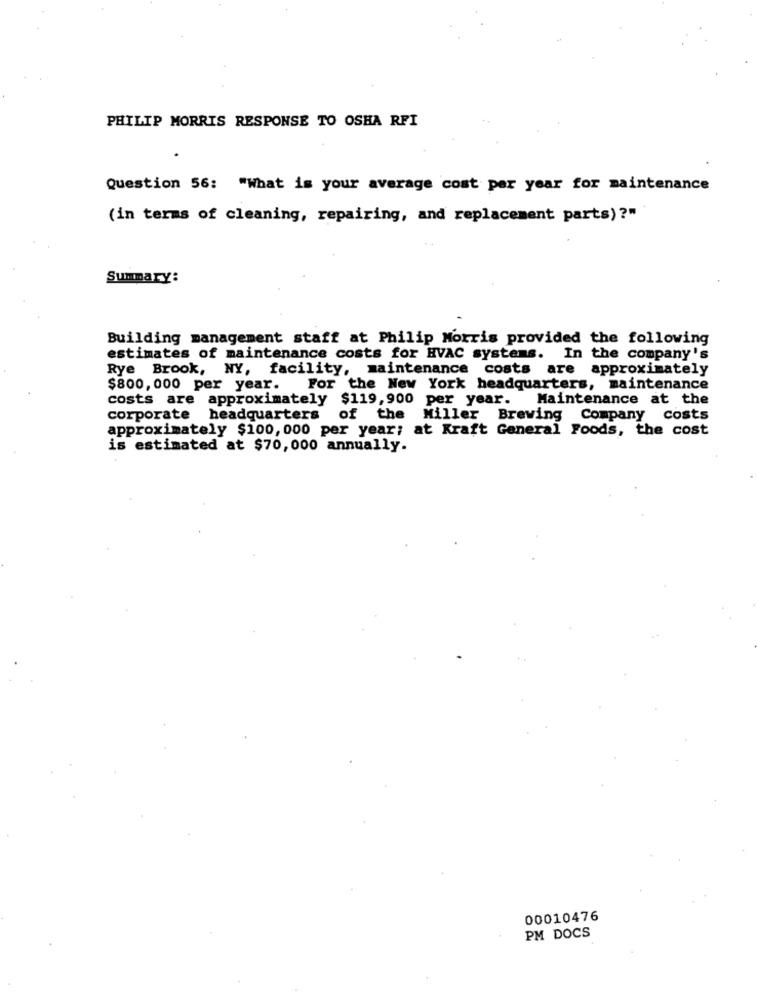
PHILIP MORRIS RESPONSE TO OSHA RFI
Question 56: "What is your average cost per year for maintenance
(in terms of cleaning, repairing, and replacement parts)?"
Summary:
Building management staff at Philip Morris provided the following
estimates of maintenance costs for HVAC systems. In the company's
Rye Brook, NY, facility, maintenance costs are approximately
$800,000 per year.
For the New York headquarters, maintenance
costs are approximately $119,900
per year. Maintenance at the
corporate headquarters of the Miller Brewing Company costs
approximately $100, 000 per year; at Kraft General Foods, the cost
is estimated at $70,000 annually.
00010476
PM DOCS